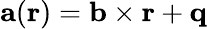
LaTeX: \mathbf{a}(\mathbf{r})=\mathbf{b}\times\mathbf{r}+\mathbf{q}